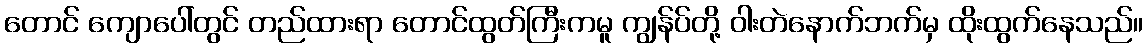
တောင် ကျောပေါ်တွင် တည်ထားရာ တောင်ထွတ်ကြီးကမူ ကျွန်ပ်တို့ ဝါးတဲနောက်ဘက်မှ ထိုးထွက်နေသည်။